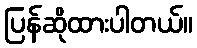
ပြန်ဆိုထားပါတယ်။